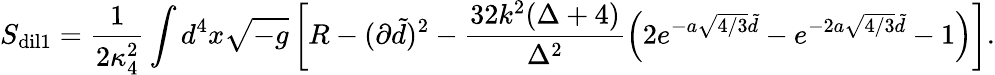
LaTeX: S_{\mathrm{dil1}}={\frac{1}{2\kappa_{4}^{2}}}\int d^{4}x\sqrt{-g}\left[R-(\partial\tilde{d})^{2}-\frac{32k^{2}(\Delta+4)}{\Delta^{2}}\left(2e^{-a\sqrt{4/3}\tilde{d}}-e^{-2a\sqrt{4/3}\tilde{d}}-1\right)\right].